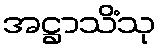
အဋ္ဌာသိံသု